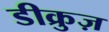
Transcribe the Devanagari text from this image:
डीक्रुज़